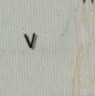
٧